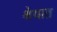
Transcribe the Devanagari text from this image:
श्रेयात